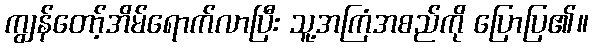
ကျွန်တော့်အိမ်ရောက်လာပြီး သူ့အကြံအစည်ကို ပြောပြ၏။